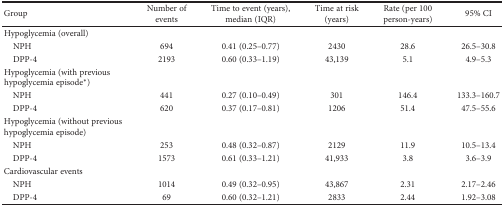
| Group | Number of events | Time to event (years), median (IQR) | Time at risk (years) | Rate (per 100 person-years) | 95% CI |
 | --- | --- | --- | --- | --- | --- |
 | Hypoglycemia (overall) |  |  |  |  |  |
 | NPH | 694 | 0.41 (0.25–0.77) | 2430 | 28.6 | 26.5–30.8 |
 | DPP-4 | 2193 | 0.60 (0.33–1.19) | 43,139 | 5.1 | 4.9–5.3 |
 | Hypoglycemia (with previous hypoglycemia episode∗) |  |  |  |  |  |
 | NPH | 441 | 0.27 (0.10–0.49) | 301 | 146.4 | 133.3–160.7 |
 | DPP-4 | 620 | 0.37 (0.17–0.81) | 1206 | 51.4 | 47.5–55.6 |
 | Hypoglycemia (without previous hypoglycemia episode) |  |  |  |  |  |
 | NPH | 253 | 0.48 (0.32–0.87) | 2129 | 11.9 | 10.5–13.4 |
 | DPP-4 | 1573 | 0.61 (0.33–1.21) | 41,933 | 3.8 | 3.6–3.9 |
 | Cardiovascular events |  |  |  |  |  |
 | NPH | 1014 | 0.49 (0.32–0.95) | 43,867 | 2.31 | 2.17–2.46 |
 | DPP-4 | 69 | 0.60 (0.32–1.21) | 2833 | 2.44 | 1.92–3.08 |